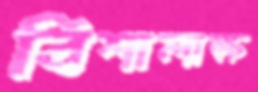
বিশালাক্ষ